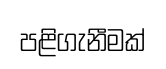
පළිගැනීමක්